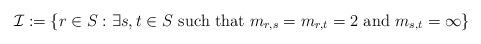
LaTeX: \begin{align*}\mathcal{I} := \{ r \in S : \exists s,t \in S \textrm{ such that } m_{r,s} = m_{r,t} = 2 \textrm{ and } m_{s,t} = \infty \}\end{align*}